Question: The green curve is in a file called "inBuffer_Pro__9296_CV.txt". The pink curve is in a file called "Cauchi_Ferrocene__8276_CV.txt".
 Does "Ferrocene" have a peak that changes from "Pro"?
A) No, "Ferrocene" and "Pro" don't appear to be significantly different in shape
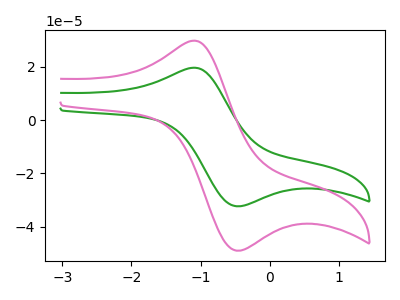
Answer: <think>The green curve "Pro" has an anodic peak at (-1.10V, 19.70uA) and a cathodic peak at (-0.45V, -32.35uA). The pink curve "Ferrocene" has an anodic peak at (-1.10V, 29.85uA) and a cathodic peak at (-0.45V, -49.05uA).
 All the peaks in "Ferrocene" have a peak in "Pro" at the same potential. Every peak in "Ferrocene" is higher than every peak in "Pro".</think>
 <answer>A) No, "Ferrocene" and "Pro" don't appear to be significantly different in shape</answer>
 <eval>A</eval>